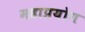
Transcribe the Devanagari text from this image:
महाप्रयोग